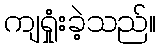
ကျရှုံးခဲ့သည်။